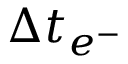
\Delta t _ { e ^ { - } }